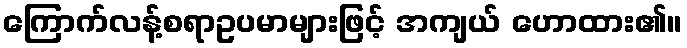
ကြောက်လန့်စရာဥပမာများဖြင့် အကျယ် ဟောထား၏။